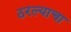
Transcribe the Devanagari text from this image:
ठरल्याचा